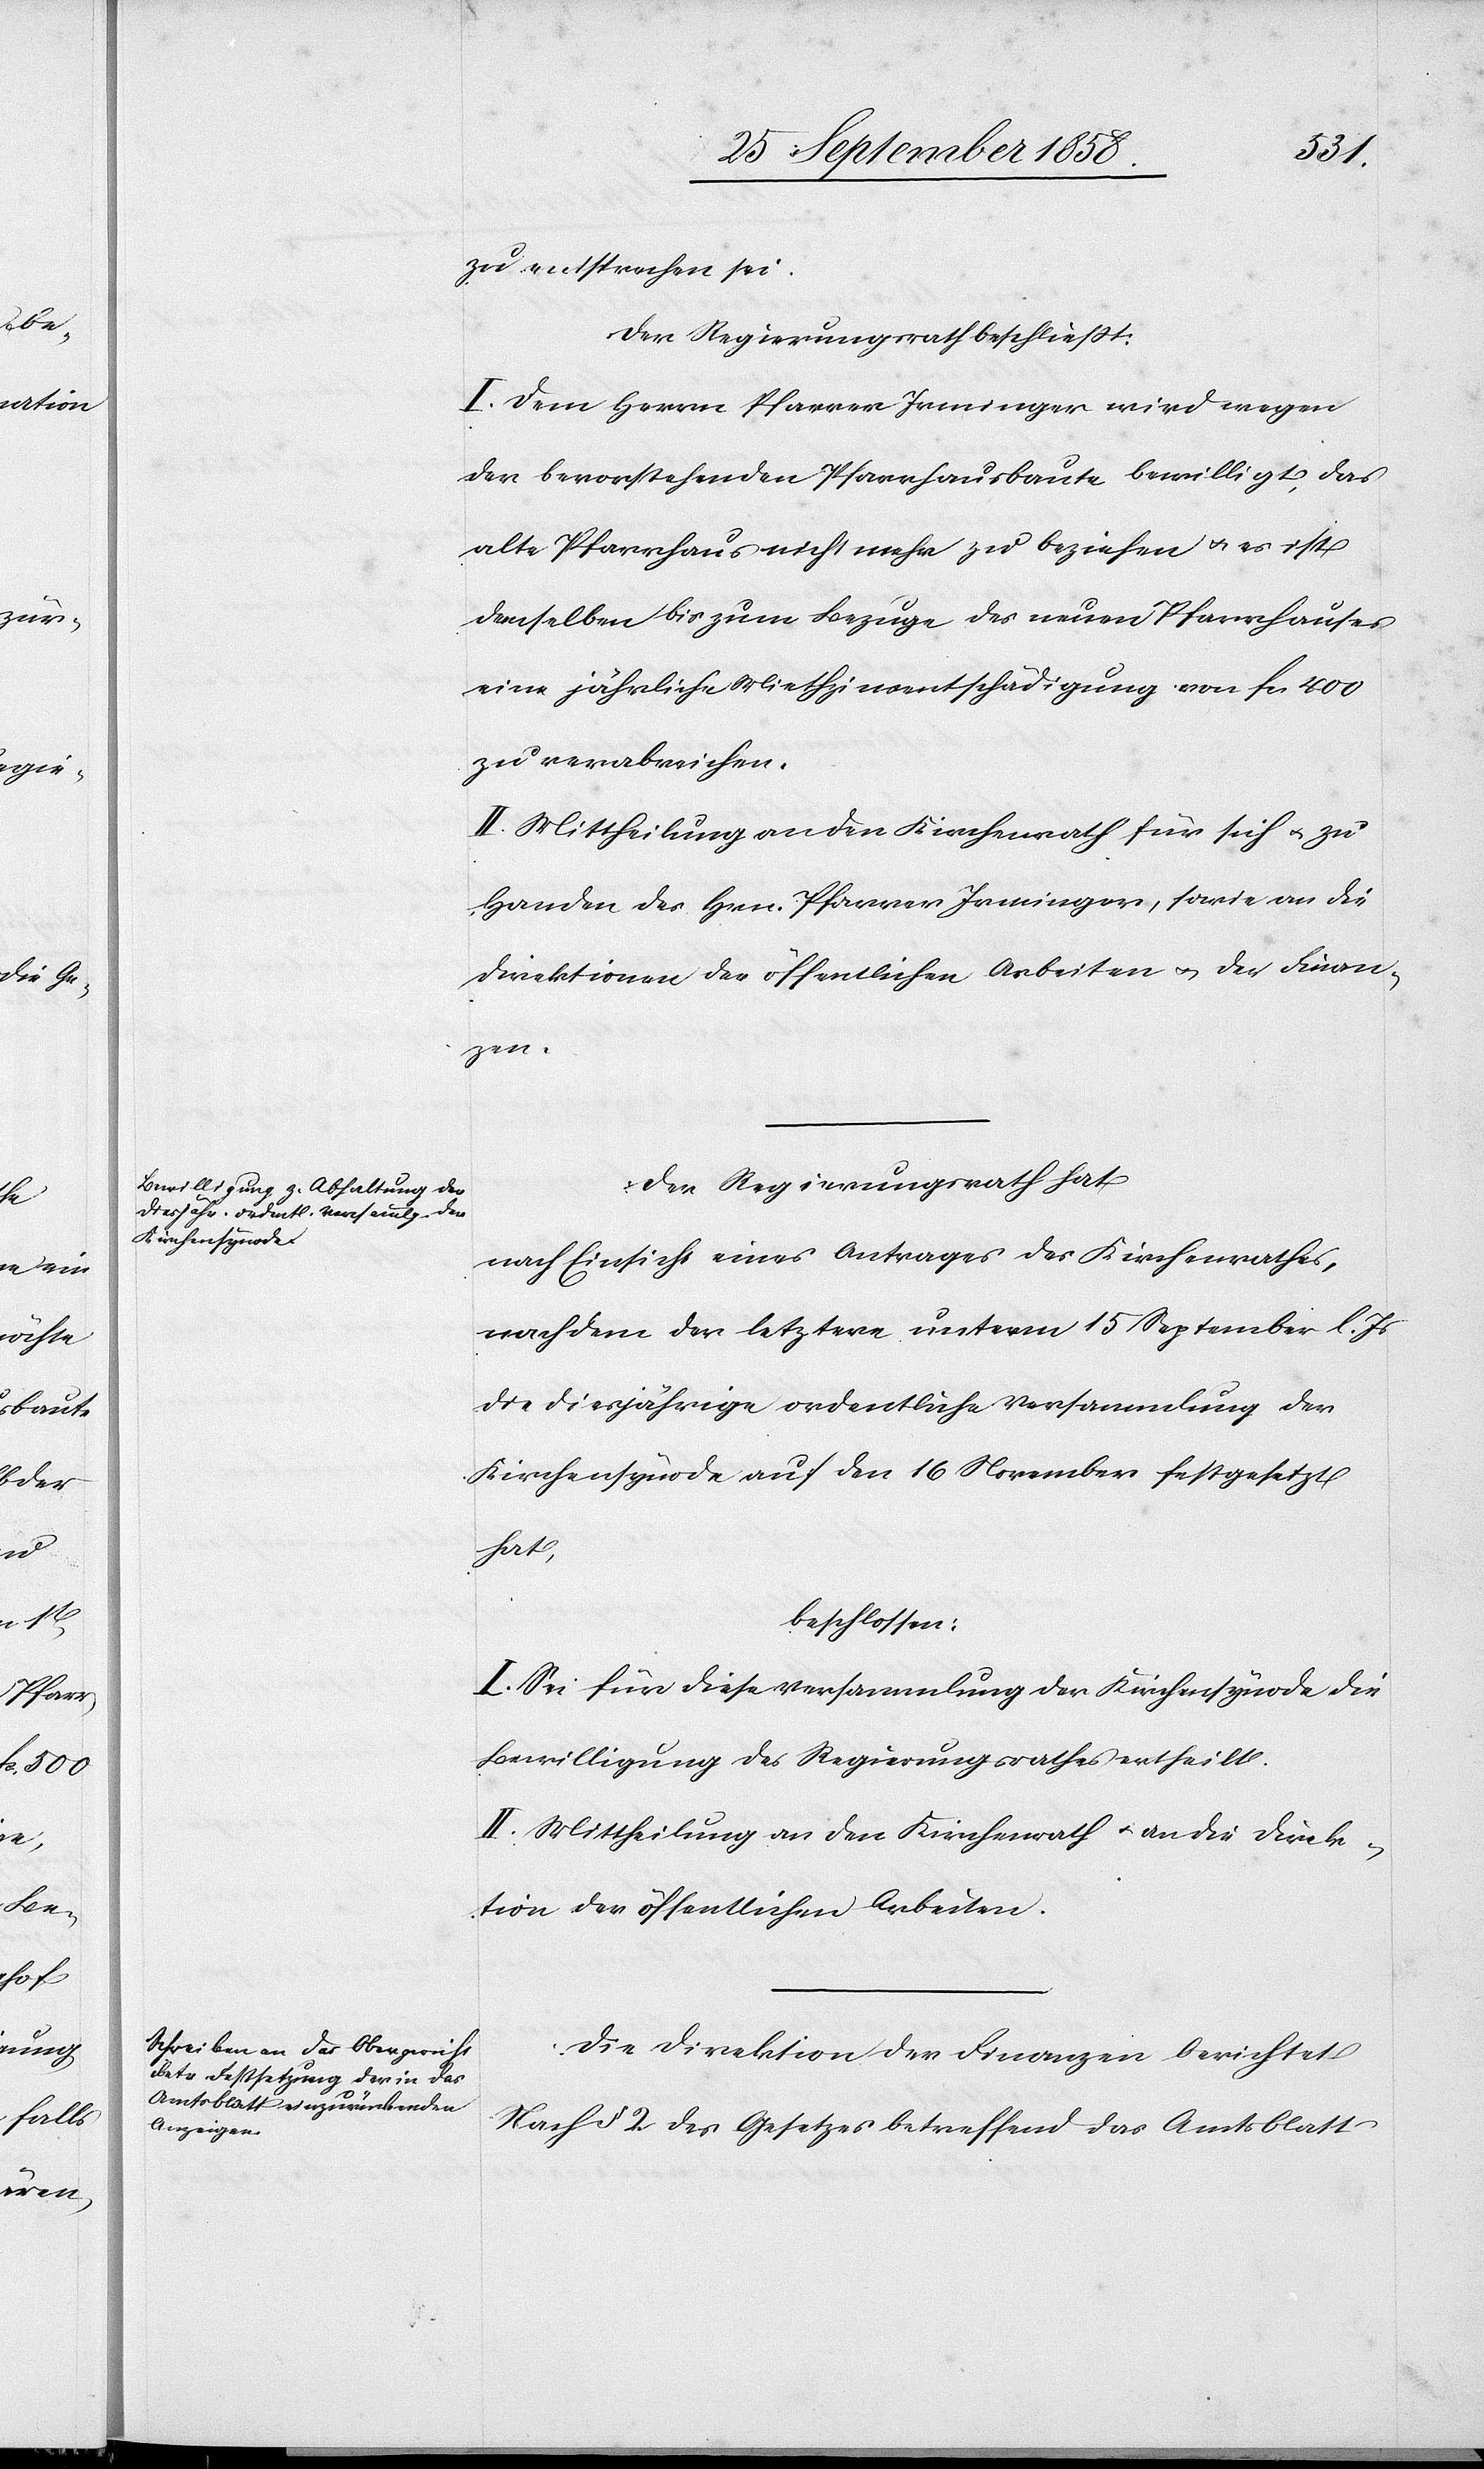
zu entsprechen sei.
Der Regierungsrath beschließt:
I. Dem Herrn Pfarrer Irminger wird wegen
der bevorstehenden Pfarrhausbaute bewilligt, das
alte Pfarrhaus nicht mehr zu beziehen & es ist
demselben bis zum Bezuge des neuen Pfarrhauses
eine jährliche Miethzinsentschädigung von fcs. 400
zu verabreichen.
II. Mittheilung an den Kirchenrath für sich & zu
Handen des Hrn. Pfarrer Irminger, sowie an die
Direktionen der öffentlichen Arbeiten & der Finan¬
zen.
Der Regierungsrath hat
nach Einsicht eines Antrages des Kirchenrathes,
nachdem der letztere unterm 15 September l. Js
die diesjährige ordentliche Versammlung der
Kirchensynode auf den 16 November festgesetzt
hat,
beschlossen:
I. Sei für diese Versammlung der Kirchensynode die
Bewilligung des Regierungsrathes ertheilt.
II. Mittheilung an den Kirchenrath & an die Direk¬
tion der öffentlichen Arbeiten.
Die Direktion der Finanzen berichtet
Nach § 2 des Gesetzes betreffend das Amtsblatt